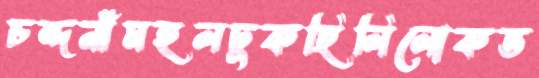
চন্দনীমহলঢুকছিলিলোকভ